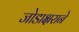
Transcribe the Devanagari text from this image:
जोडाक्षराने